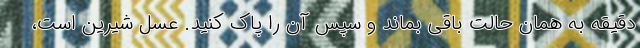
دقیقه به همان حالت باقی بماند و سپس آن را پاک کنید. عسل شیرین است،